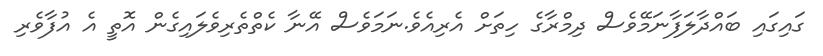
ގައިގައި ބައްދާލަފާނަމޭވެސް ދިމްރާގެ ހިތަށް އެރިއެވެ.ނަމަވެސް އޭނާ ކެތްތެރިވެލައިގެން އޮތީ އެ އުފާވެރި